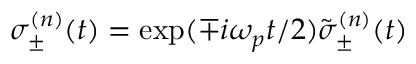
\sigma _ { \pm } ^ { ( n ) } ( t ) = \exp ( \mp i \omega _ { p } t / 2 ) \tilde { \sigma } _ { \pm } ^ { ( n ) } ( t )